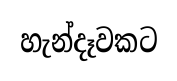
හැන්දෑවකට